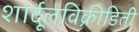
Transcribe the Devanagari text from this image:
शार्दूलविक्रीडिती